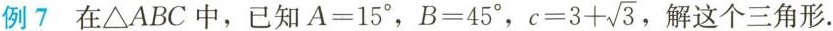
例7在△ABC中，已知$$A = 1 5°$$，$$B = 4 5°$$， $$c = 3 + \sqrt{3}$$ ，解这个三角形。